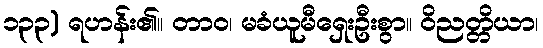
၁၃၃) ရဟန်း၏။ တာဝ၊ မခံယူမီရှေးဦးစွာ။ ဝိညတ္တိယာ၊